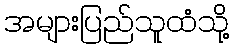
အများပြည်သူထံသို့